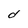
Character: d